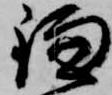
鎌